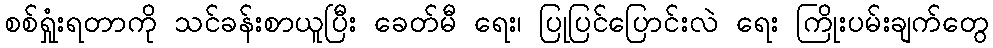
စစ်ရှုံးရတာကို သင်ခန်းစာယူပြီး ခေတ်မီ ရေး၊ ပြုပြင်ပြောင်းလဲ ရေး ကြိုးပမ်းချက်တွေ